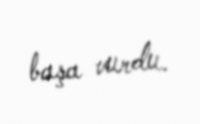
başa vurdu.